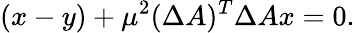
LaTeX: (x-y)+\mu^{2}(\Delta A)^{T}\Delta Ax=0.